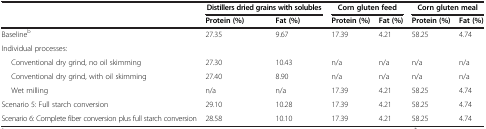
<table><thead><tr><td><b> </b></td><td colspan="2"><b>Distillers dried grains with solubles</b></td><td colspan="2"><b>Corn gluten feed</b></td><td colspan="2"><b>Corn gluten meal</b></td></tr><tr><td><b> </b></td><td><b>Protein (%)</b></td><td><b>Fat (%)</b></td><td><b>Protein (%)</b></td><td><b>Fat (%)</b></td><td><b>Protein (%)</b></td><td><b>Fat (%)</b></td></tr></thead><tbody><tr><td>Baseline<sup>b</sup></td><td>27.35</td><td>9.67</td><td>17.39</td><td>4.21</td><td>58.25</td><td>4.74</td></tr><tr><td>Individual processes:</td><td> </td><td> </td><td> </td><td> </td><td> </td><td> </td></tr><tr><td>Conventional dry grind, no oil skimming</td><td>27.30</td><td>10.43</td><td>n/a</td><td>n/a</td><td>n/a</td><td>n/a</td></tr><tr><td>Conventional dry grind, with oil skimming</td><td>27.40</td><td>8.90</td><td>n/a</td><td>n/a</td><td>n/a</td><td>n/a</td></tr><tr><td>Wet milling</td><td>n/a</td><td>n/a</td><td>17.39</td><td>4.21</td><td>58.25</td><td>4.74</td></tr><tr><td>Scenario 5: Full starch conversion</td><td>29.10</td><td>10.28</td><td>17.39</td><td>4.21</td><td>58.25</td><td>4.74</td></tr><tr><td>Scenario 6: Complete fiber conversion plus full starch conversion</td><td>28.58</td><td>10.10</td><td>17.39</td><td>4.21</td><td>58.25</td><td>4.74</td></tr></tbody></table>